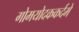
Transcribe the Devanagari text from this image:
गोमयोदककर्दमे